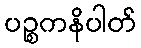
ပဉ္စကနိပါတ်